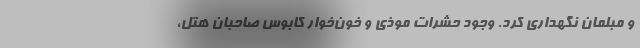
و مبلمان نگهداری كرد. وجود حشرات موذی و خون‌خوار كابوس صاحبان هتل،